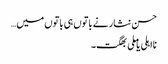
حسن نثار نے باتوں ہی باتوں میں…
نااہلی یا ملی بھگت۔